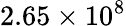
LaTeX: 2.65\times 10^{8}